Indian journal of veterinary science and animal husbandry - Volumes 26-27, 1956-1957
Year: 1956
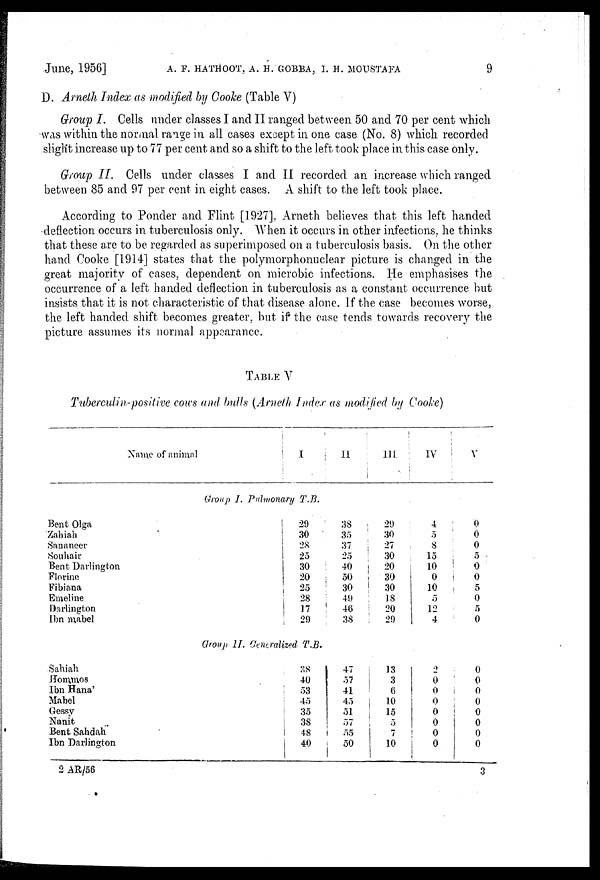
June, 1956] A. F. HATHOOT. A. H. GOBBA. I. H. MOUSTAFA 9
D. Arneth Index as modified by Cooke (Table V)
Group I. Cells under classes I and II ranged between 50 and 70 per cent which
was within the normal range in all cases except in one case (No. 8) which recorded
sliglit increase up to 77 per cent and so a shift to the left took place in this case only.
Group II. Cells under classes I and II recorded an increase which ranged
between 85 and 97 per cent in eight cases. A shift to the left took place.
According to Ponder and Flint [1927]. Arneth believes that this left handed
deflection occurs in tuberculosis only. When it occurs in other infections, he thinks
that these are to be regarded as superimposed on a tuberculosis basis. On the other
hand Cooke [1914] states that the polymorphonuclear picture is changed in the
great majority of cases, dependent on microbic infections. He emphasises the
occurrence of a left handed deflection in tuberculosis as a constant occurrence but
insists that it is not characteristic of that disease alone. If the case becomes worse,
the left handed shift becomes greater, but if the case tends towards recovery the
picture assumes its normal appearance.
TABLE V
Tuberculin-positive cows and bulls (Arneth Index as modified by Cooke)
Name of animal
I
II
III
IV
V
Group I. Pulmonary T.B.
Bent Olga
Zahiah
Sananeer
Souhair
Bent Darlington
Florine
Fibiana
Emeline
Darlington
Ibn mabel
29
30
28
25
30
20
25
28
17
29
38
35
37
25
40
50
30
49
46
38
29
30
27
30
20
30
30
18
20
29
4
5
8
15
10
0
10
5
12
4
0
0
0
5
0
0
5
0
5
0
Group II. Generalized T.B.
Sahiah
Hommos
Ibn Hana'
Mabel
Gessy
Nanit
Bent Sahdah
Ibn Darlington
38
40
53
45
35
38
48
40
47
57
41
45
51
57
55
50
13
3
6
10
15
5
7
10
2
0
0
0
0
0
0
0
0
0
0
0
0
0
0
0
2 AR/56
3